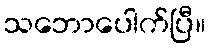
သဘောပေါက်ပြီ။